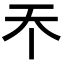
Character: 𡗘